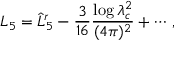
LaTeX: L _ { 5 } = \hat { L } _ { 5 } ^ { r } - \frac { 3 } { 1 6 } \frac { \log \lambda _ { c } ^ { 2 } } { ( 4 \pi ) ^ { 2 } } + \cdots \, ,